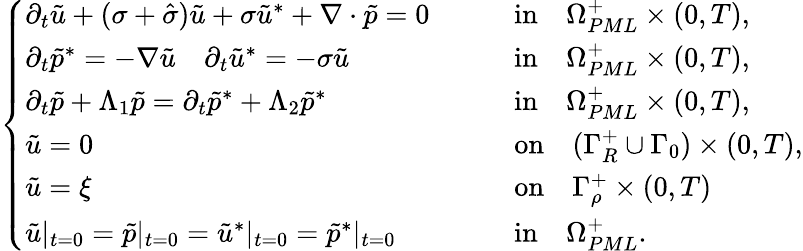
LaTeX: \begin{array}{r}{\left\{ \begin{array}{lll}{\partial_{t}\tilde{u}+(\sigma+\hat{\sigma})\tilde{u}+\sigma\tilde{u}^{*}+\nabla\cdot\tilde{p}=0\quad}&&{\mathrm{in}\quad\Omega_{PML}^{+}\times(0,T),}\\ {\partial_{t}\tilde{p}^{*}=-\nabla\tilde{u}\quad\partial_{t}\tilde{u}^{*}=-\sigma\tilde{u}\quad}&&{\mathrm{in}\quad\Omega_{PML}^{+}\times(0,T),}\\ {\partial_{t}\tilde{p}+\Lambda_{1}\tilde{p}=\partial_{t}\tilde{p}^{*}+\Lambda_{2}\tilde{p}^{*}\quad}&&{\mathrm{in}\quad\Omega_{PML}^{+}\times(0,T),}\\ {\tilde{u}=0\quad}&&{\mathrm{on}\quad(\Gamma_{R}^{+}\cup\Gamma_{0})\times(0,T),}\\ {\tilde{u}=\xi\quad}&&{\mathrm{on}\quad\Gamma_{\rho}^{+}\times(0,T)}\\ {\tilde{u}|_{t=0}=\tilde{p}|_{t=0}=\tilde{u}^{*}|_{t=0}=\tilde{p}^{*}|_{t=0}\quad}&&{\mathrm{in}\quad\Omega_{PML}^{+}.}\end{array}\right.}\end{array}